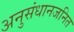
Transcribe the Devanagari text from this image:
अनुसंधानजनित